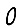
Digit: 0